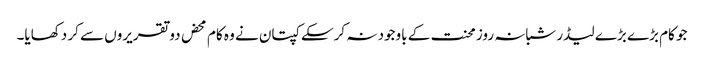
جو کام بڑے بڑے لیڈر شبانہ روز محنت کے باوجود نہ کرسکے کپتان نے وہ کام محض دو تقریروں سے کر دکھایا۔